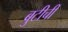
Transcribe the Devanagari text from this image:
बुटीची